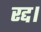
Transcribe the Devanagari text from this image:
रद्द।